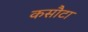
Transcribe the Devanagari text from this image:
कसौटा